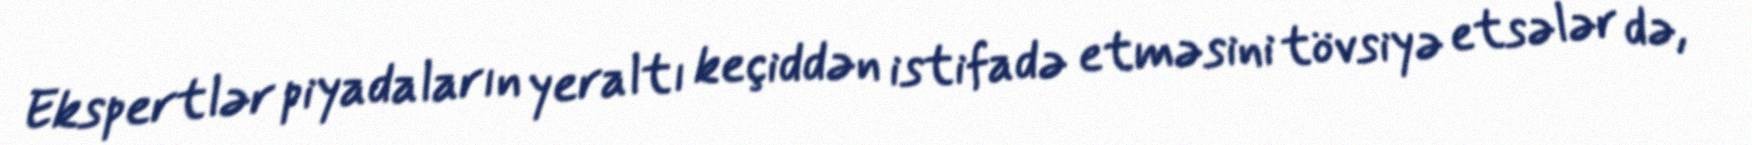
Ekspertlər piyadaların yeraltı keçiddən istifadə etməsini tövsiyə etsələr də,